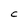
Character: C